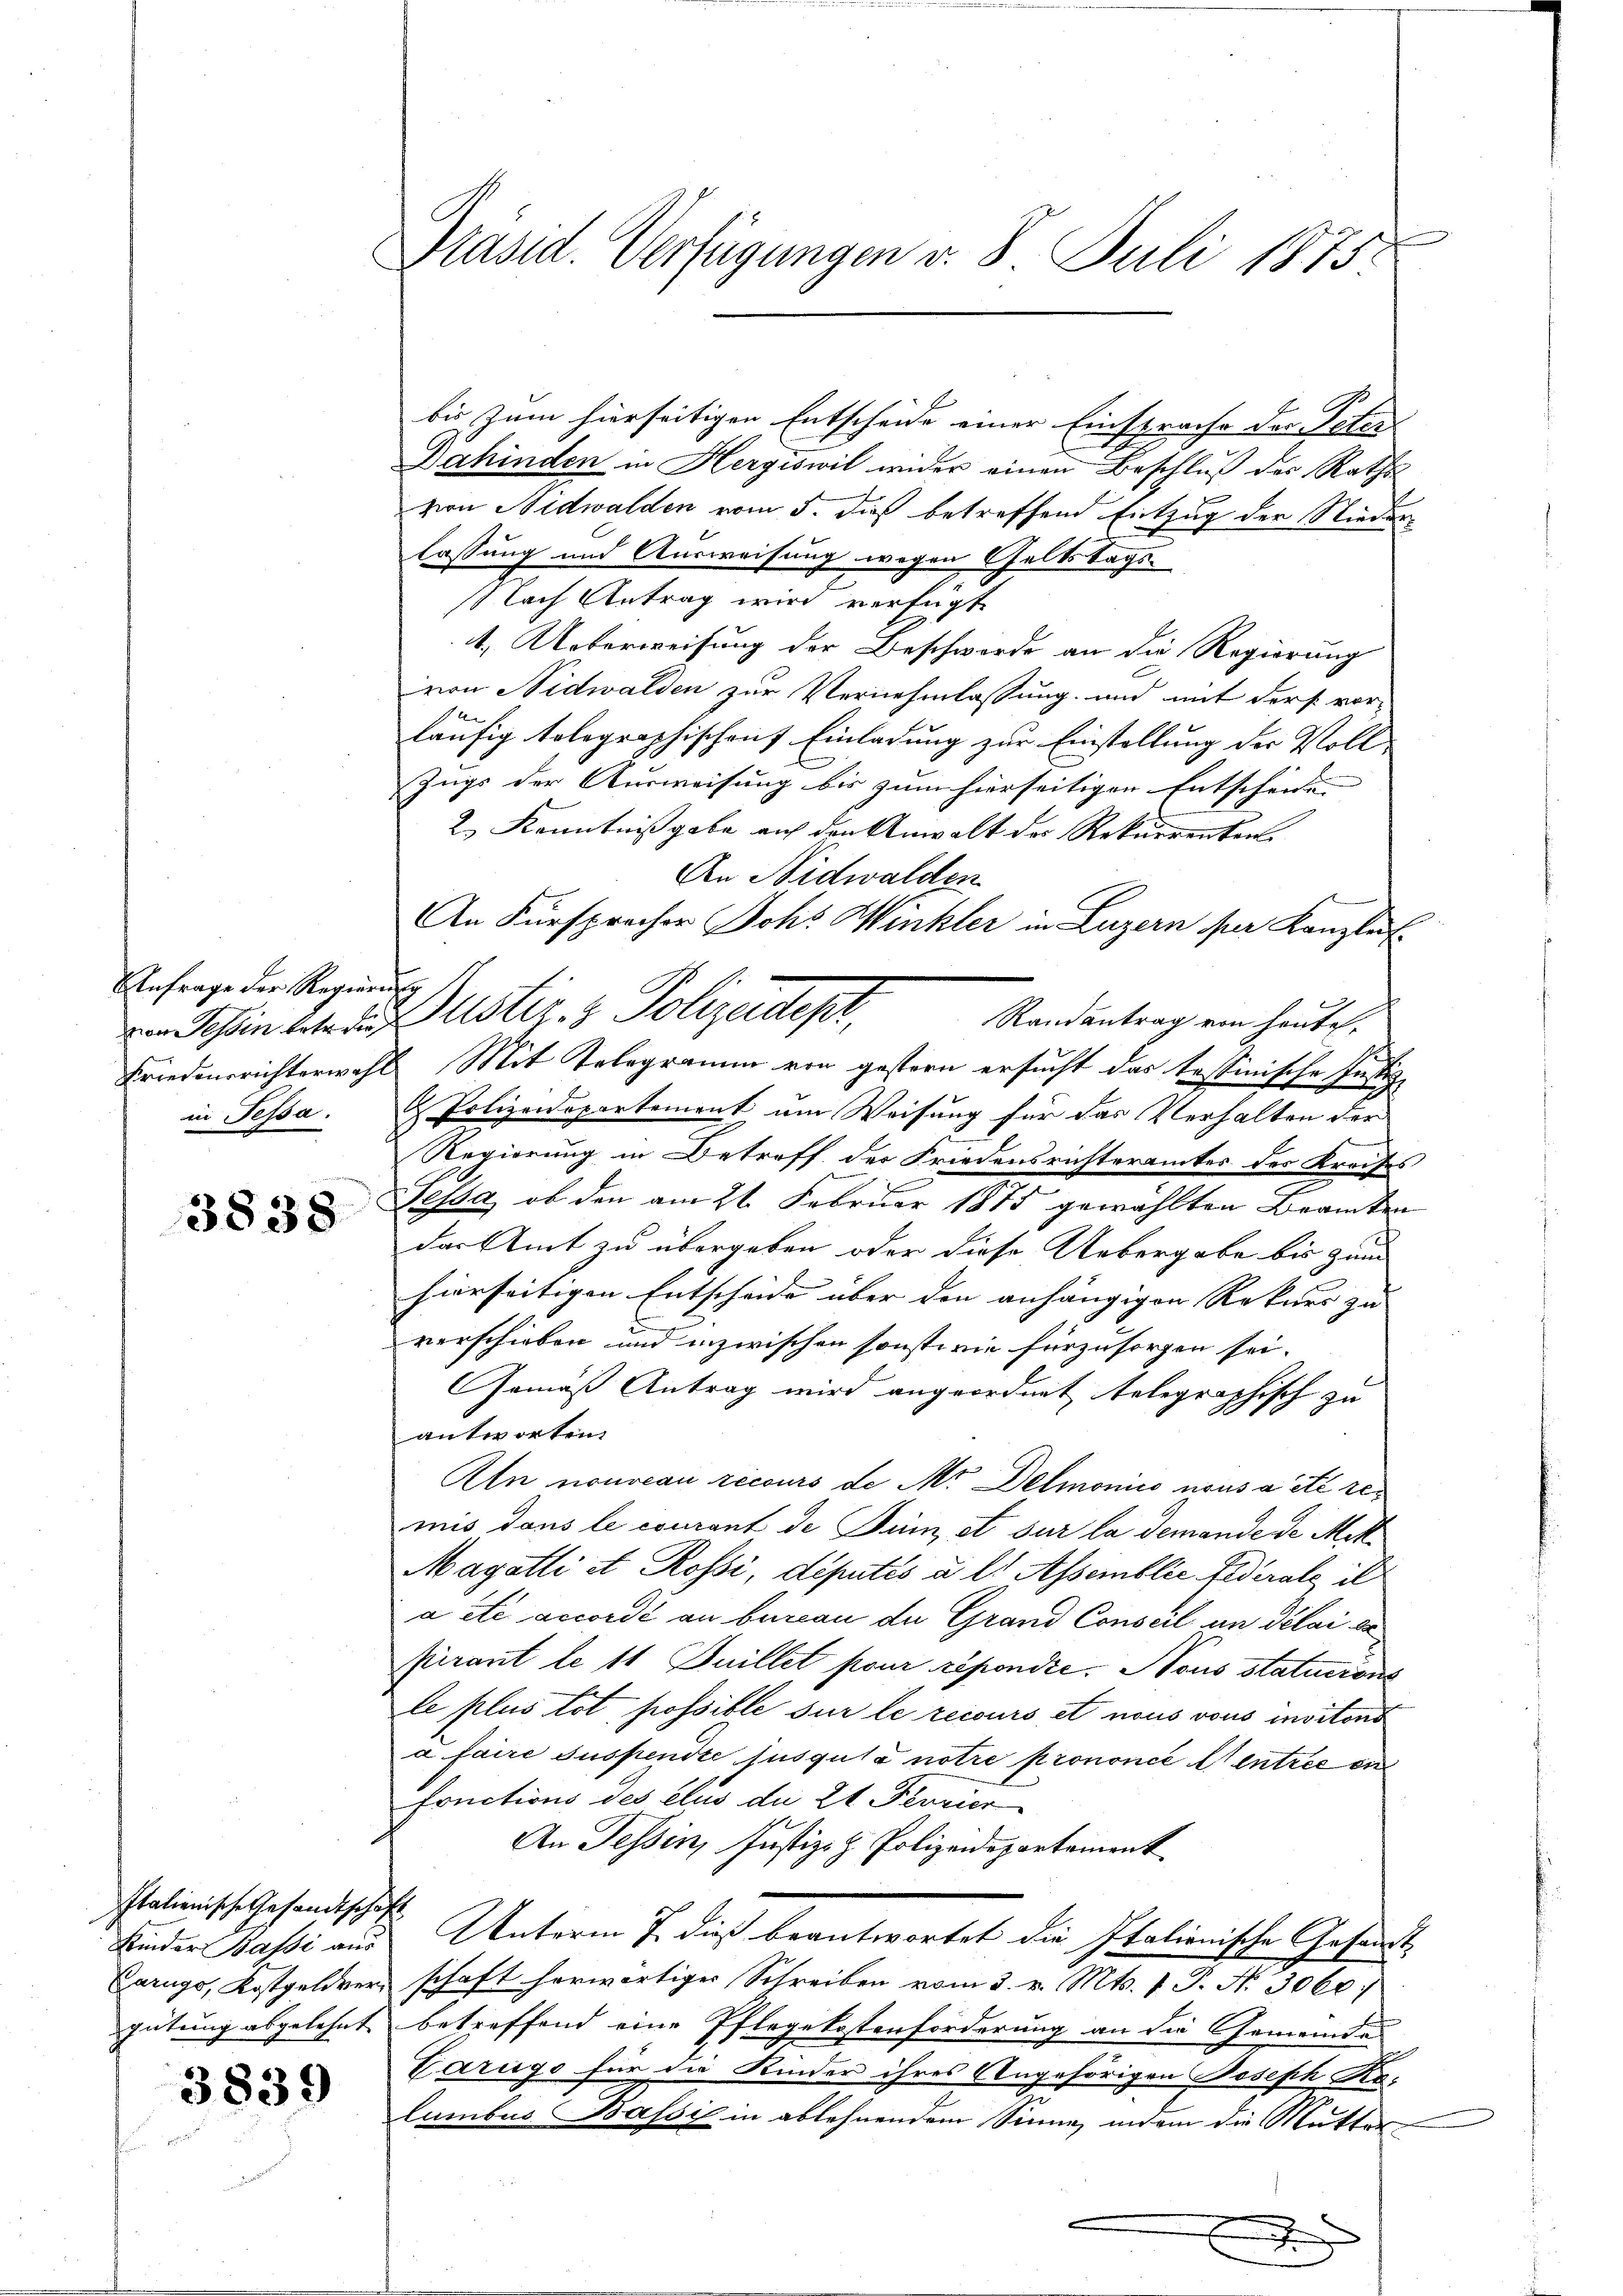
Anfrage der Regier
von Tessin betr. die
Friedensrichterwahr
in Fessa.

3838

Italienische Gesandtschaf
Kinder Bassi aus
Carugo, Kostgeldvergütung abgelehnt

3839

Präsid. Verfügungen v. 8. Juli 1875

bis zum hierseitigen Entscheide einer Einsprache der Peter
Dahinden in Hergiswil wider einen Beschluß des Raths
von Nidwalden vom 5. dieß betreffend Entzug der Niederlassung und Ausweisung wegen Geltstags¬
Nach Antrag wird verfügt
4. Ueberweisung der Beschwerde an die Regierung
von Nidwalden zur Vernehmlassung und mit ders vor-
läufig tolographischen Einladung zur Einstellung der Voll-
Zugs der Ausweisung bis zum hierseitigen Entscheiden
2.) Kenntnißgabe auf den Anwalt der Rekurrenten.
An Nidwalden
An Fürsprocher Johs. Winkler in Luzern per Kanzle
e
Dustiz- & Polizeidep
Randantrag von heute,
& Mit Telegramm von gestern ersucht das tessinische Justiz
 Polizeidepartement um Weisung für das Verhalten der
Regierung in Betreff der Friedensrichteramtes des Kreises
Sessa, ob den am 21. Februar 1875 gewählten Beamten
das Amt zu übergeben oder diese Uebergabe bis zum
hierseitigen Entscheide über den anhängigen Rekurs zu |
n
verschieben und inzwischen sonstwie fürzusorgen sei.
Gemäß Antrag wird angeordnet telegraphisch zu
antworten.
Aln nouveau recours de Mr. Demonis nous a été remis dans le courant de Sum, et sur la demande de Mitt
Magalli et Rossi, députés u. l. Assemblic Federale, il
a été accordé au bureau de Grand Conseil an délai da
pirant le 11 Juillet pour répondte. Nous statuerone
le plus tot possible sur le recours et nous vons moitens
à faire suspendte Jusgula notre prononcé l entree ein
fructions des clus du 2t Ferrier
An Tessin, Justiz- & Polizeidepartement
s
Unterm 7. dieß beantwortet die Italionische Gesandt-
schaft herwärtiger Schreiben vom 3. v. Mts. 1. P. Nr. 3060:
betreffend eine Pflegekostenforderung an die Gemeinde
Carugs für die Kinder ihres Angehörigen Joseph Rolumbus Bassis in ablehnendem Sinne, indem die Mutter
e
e
e